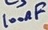
Text: 100nF